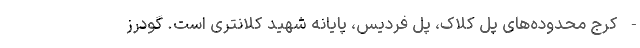
- کرج محدوده‌های پل کلاک، پل فردیس، پایانه شهید کلانتری است. گودرز